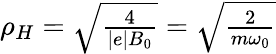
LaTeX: \begin{array}{r}{\rho_{H}=\sqrt{\frac{4}{|e|B_{0}}}=\sqrt{\frac{2}{m\omega_{0}}}}\end{array}